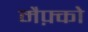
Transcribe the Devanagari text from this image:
मैफ़्को